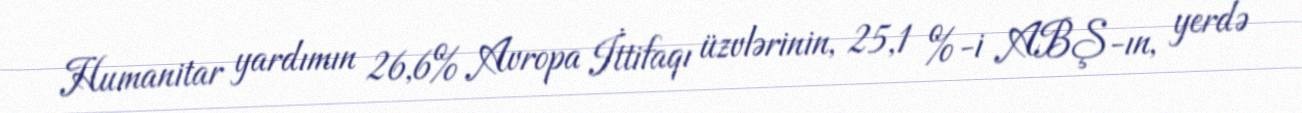
Humanitar yardımın 26,6% Avropa İttifaqı üzvlərinin, 25,1 %-i ABŞ-ın, yerdə